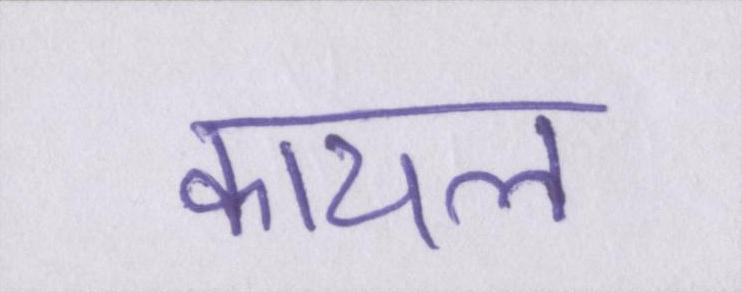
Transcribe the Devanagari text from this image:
कायल